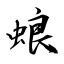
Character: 蜋